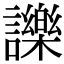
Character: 𧭥